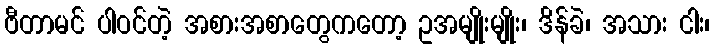
ဗီတာမင် ပါဝင်တဲ့ အစားအစာတွေကတော့ ဥအမျိုးမျိုး၊ ဒိန်ခဲ၊ အသား ငါး၊